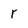
Character: r